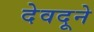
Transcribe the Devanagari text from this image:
देवदूने